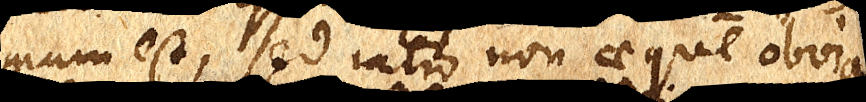
mum est, sed ratio non aeque obvia